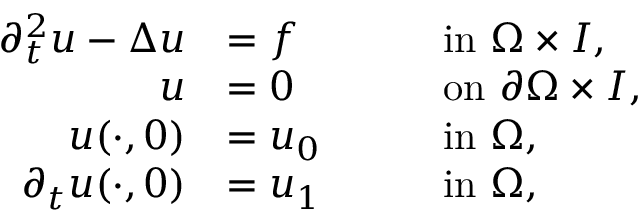
\begin{array} { r l r l } { \partial _ { t } ^ { 2 } u - \Delta u } & { = f \quad } & & { \mathrm { i n } ~ \Omega \times I , } \\ { u } & { = 0 \quad } & & { \mathrm { o n } ~ \partial \Omega \times I , } \\ { u ( \cdot , 0 ) } & { = u _ { 0 } \quad } & & { \mathrm { i n } ~ \Omega , } \\ { \partial _ { t } u ( \cdot , 0 ) } & { = u _ { 1 } \quad } & & { \mathrm { i n } ~ \Omega , } \end{array}